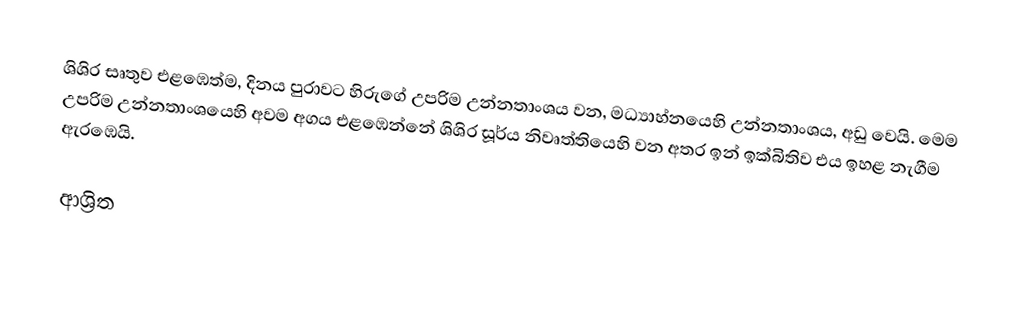
ශිශිර සෘතුව එළඹෙත්ම, දිනය පුරාවට හිරුගේ උපරිම උන්නතාංශය වන, මධ්‍යාහ්නයෙහි උන්නතාංශය, අඩු වෙයි. මෙම උපරිම උන්නතාංශයෙහි අවම අගය එළඹෙන්නේ  ශිශිර සූර්ය නිවෘත්තියෙහි වන අතර ඉන් ඉක්බිතිව එය ඉහළ නැගීම ඇරඹෙයි.

ආශ්‍රිත